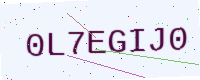
Text: 0L7EGIJ0